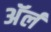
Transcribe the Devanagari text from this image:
अॅर्ल